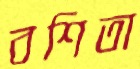
বশিতা